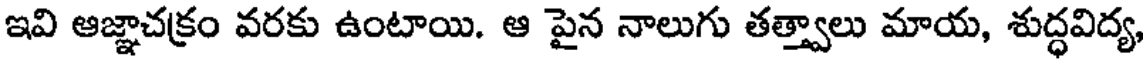
ఇవి ఆజ్ఞాచక్రం వరకు ఉంటాయి. ఆ పైన నాలుగు తత్త్వాలు మాయ, శుద్ధవిద్య,